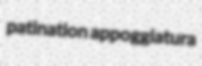
patination appoggiatura